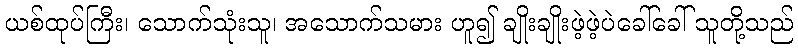
ယစ်ထုပ်ကြီး၊ သောက်သုံးသူ၊ အသောက်သမား ဟူ၍ ချိုးချိုးဖဲ့ဖဲ့ပဲခေါ်ခေါ် သူတို့သည်